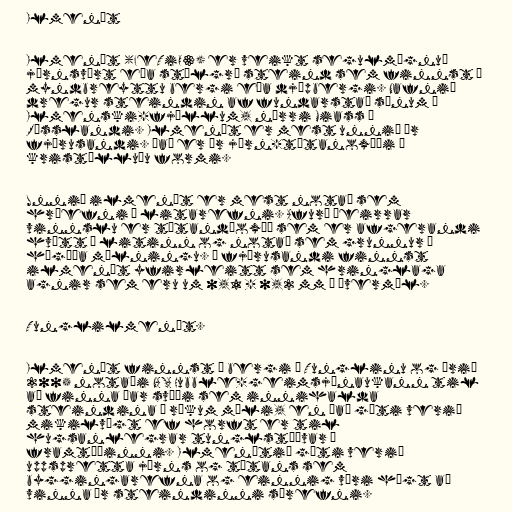
Ilmenít

Ilmenít (FeTiO3) er veikt segulmögnuð
járnsvört eða stálgrá steind sem finnst í
myndbreyttu bergi eða djúpbergi. Nafnið
dregur steindin af fundarstað sínum í
Ilmenski-fjöllum, nærri Miass í
Rússlandi. Ilmenít er mest unnið úr
fjörusandi. Það er úr járn-títanoxíði á
kristölluðu formi.

Unnið ilmenít er mest notað sem
hráefni í litarefni. Afurð þeirrar
vinnslu er títandíoxíð sem er afgerandi
hvítt á litinn og notað sem grunnur í
hágæða málningu. Í fjörusandi finnst
ilmenít yfirleitt sem hringlaga
agnir sem eru um 0,1 - 0,2 mm í þvermál.

Tunglilmenít.

Ilmenít finnst í bergi á Tunglinu og árið
2005 notaði NASA Hubble-geimsjónaukann til
að finna þar svæði sem innihalda
steindina í ríkum mæli, en það gæti verið
mikilvægt ef horft er til
hugsanlegrar tunglstöðvar í
framtíðinni. Ilmenítið gæti verið
uppspretta járns og títans sem
byggingarefna og einnig væri hægt að
vinna úr steindinni súrefni.